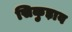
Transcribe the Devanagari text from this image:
सिकुड़ाव